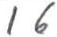
16